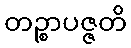
တဉ္စာပဇ္ဇတိ